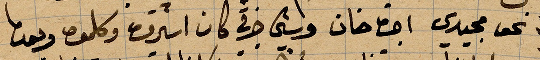
نحو مجيدي اجت خان .... كان اسير... كلموه وبعدما